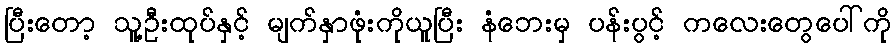
ပြီးတော့ သူ့ဦးထုပ်နှင့် မျက်နှာဖုံးကိုယူပြီး နံဘေးမှ ပန်းပွင့် ကလေးတွေပေါ်ကို